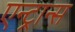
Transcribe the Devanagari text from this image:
एन्ट्रान्स